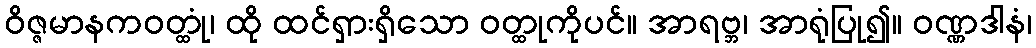
ဝိဇ္ဇမာနကဝတ္ထုံ၊ ထို ထင်ရှားရှိသော ဝတ္ထုကိုပင်။ အာရဗ္ဘ၊ အာရုံပြု၍။ ဝဏ္ဏဒါနံ၊